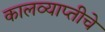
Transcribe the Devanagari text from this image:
कालव्याप्तीचे